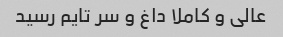
عالی و کاملا داغ و سر تایم رسید